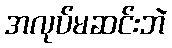
အလုပ်မဆင်းဘဲ